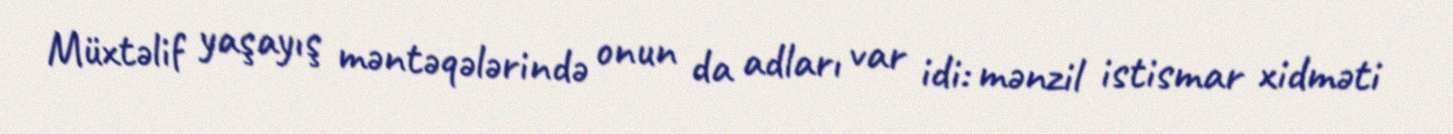
Müxtəlif yaşayış məntəqələrində onun da adları var idi: mənzil istismar xidməti